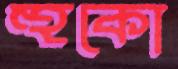
হুকো